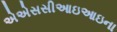
એએસસીઆઇઆઇના